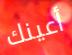
أعينك